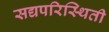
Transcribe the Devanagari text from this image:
सद्यपरिस्थिती